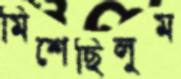
মিশেছিলুম